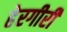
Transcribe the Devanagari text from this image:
हेरगीरी